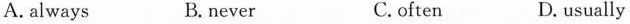
A. always B. never C. often D. usually